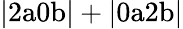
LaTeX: \mathrm{|2a0b|+|0a2b|}